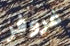
غروفر